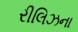
રીલિઝના